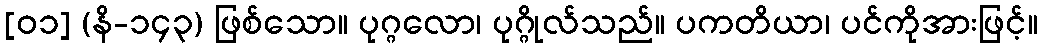
[၀၁] (နိ-၁၄၃) ဖြစ်သော။ ပုဂ္ဂလော၊ ပုဂ္ဂိုလ်သည်။ ပကတိယာ၊ ပင်ကိုအားဖြင့်။